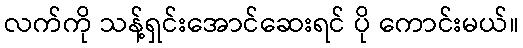
လက်ကို သန့်ရှင်းအောင်ဆေးရင် ပို ကောင်းမယ်။